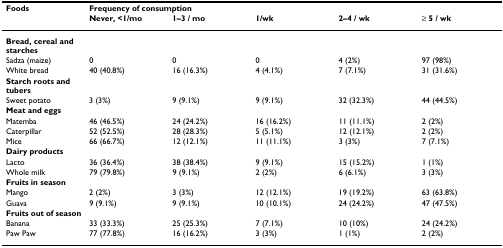
<table><thead><tr><td><b>Foods</b></td><td colspan="5"><b>Frequency of consumption</b></td></tr><tr><td></td><td><b>Never, &lt;1/mo</b></td><td><b>1–3 / mo</b></td><td><b>1/wk</b></td><td><b>2–4 / wk</b></td><td><b>≥ 5 / wk</b></td></tr></thead><tbody><tr><td><b>Bread, cereal and starches</b></td><td></td><td></td><td></td><td></td><td></td></tr><tr><td>Sadza (maize)</td><td>0</td><td>0</td><td>0</td><td>4 (2%)</td><td>97 (98%)</td></tr><tr><td>White bread</td><td>40 (40.8%)</td><td>16 (16.3%)</td><td>4 (4.1%)</td><td>7 (7.1%)</td><td>31 (31.6%)</td></tr><tr><td><b>Starch roots and tubers</b></td><td></td><td></td><td></td><td></td><td></td></tr><tr><td>Sweet potato</td><td>3 (3%)</td><td>9 (9.1%)</td><td>9 (9.1%)</td><td>32 (32.3%)</td><td>44 (44.5%)</td></tr><tr><td><b>Meat and eggs</b></td><td></td><td></td><td></td><td></td><td></td></tr><tr><td>Matemba</td><td>46 (46.5%)</td><td>24 (24.2%)</td><td>16 (16.2%)</td><td>11 (11.1%)</td><td>2 (2%)</td></tr><tr><td>Caterpillar</td><td>52 (52.5%)</td><td>28 (28.3%)</td><td>5 (5.1%)</td><td>12 (12.1%)</td><td>2 (2%)</td></tr><tr><td>Mice</td><td>66 (66.7%)</td><td>12 (12.1%)</td><td>11 (11.1%)</td><td>3 (3%)</td><td>7 (7.1%)</td></tr><tr><td><b>Dairy products</b></td><td></td><td></td><td></td><td></td><td></td></tr><tr><td>Lacto</td><td>36 (36.4%)</td><td>38 (38.4%)</td><td>9 (9.1%)</td><td>15 (15.2%)</td><td>1 (1%)</td></tr><tr><td>Whole milk</td><td>79 (79.8%)</td><td>9 (9.1%)</td><td>2 (2%)</td><td>6 (6.1%)</td><td>3 (3%)</td></tr><tr><td><b>Fruits in season</b></td><td></td><td></td><td></td><td></td><td></td></tr><tr><td>Mango</td><td>2 (2%)</td><td>3 (3%)</td><td>12 (12.1%)</td><td>19 (19.2%)</td><td>63 (63.8%)</td></tr><tr><td>Guava</td><td>9 (9.1%)</td><td>9 (9.1%)</td><td>10 (10.1%)</td><td>24 (24.2%)</td><td>47 (47.5%)</td></tr><tr><td><b>Fruits out of season</b></td><td></td><td></td><td></td><td></td><td></td></tr><tr><td>Banana</td><td>33 (33.3%)</td><td>25 (25.3%)</td><td>7 (7.1%)</td><td>10 (10%)</td><td>24 (24.2%)</td></tr><tr><td>Paw Paw</td><td>77 (77.8%)</td><td>16 (16.2%)</td><td>3 (3%)</td><td>1 (1%)</td><td>2 (2%)</td></tr></tbody></table>